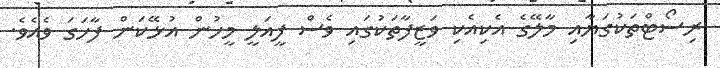
ރިސޯޓްތަކުގަޔާއި މާލޭގެ އެކިއެކި ވަޒީފާތަކުގައި ވެސް ފީއަލީ މީހުން އުޅޭކަން ފާހަގަ ވެއެވެ.